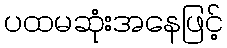
ပထမဆုံးအနေဖြင့်